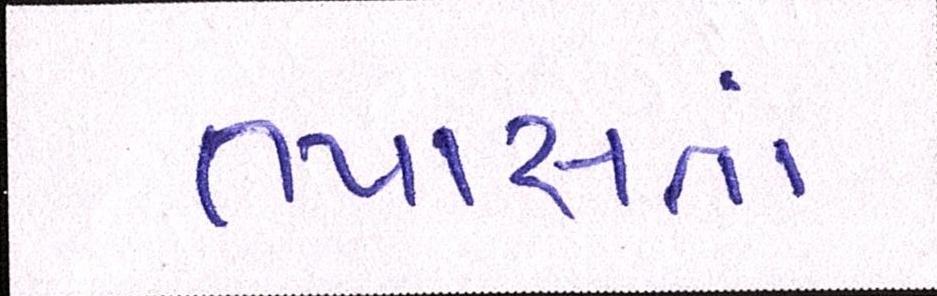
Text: તપાસતાં